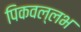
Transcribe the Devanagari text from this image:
पिकवल्लभ